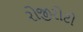
રોજીરોટી